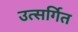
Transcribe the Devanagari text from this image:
उत्सर्गित